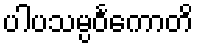
ပါပသမ္ပဝင်္ကောတိ